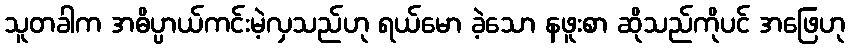
သူတခါက အဓိပ္ပာယ်ကင်းမဲ့လှသည်ဟု ရယ်မော ခဲ့သော နဖူးစာ ဆိုသည်ကိုပင် အဖြေဟု